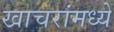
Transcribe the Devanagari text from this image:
खाचरांमध्ये